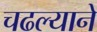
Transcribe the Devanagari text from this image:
चढल्याने